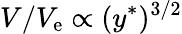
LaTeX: V/V_{\mathrm{e}}\propto(y^{\ast})^{3/2}